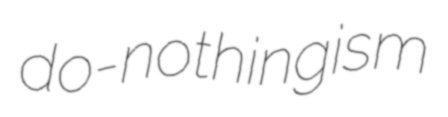
do-nothingism